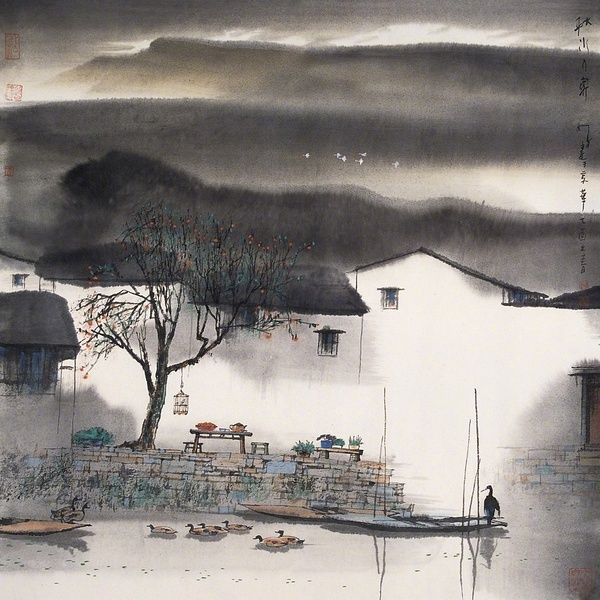
常有江南船，寄书家中否。